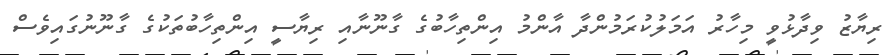
ރިޔާޒު ވިދާޅުވީ މިހާރު އަމަލުކުރަމުންދާ އާންްމު އިންތިހާބުގެ ގާނޫނާއި ރިޔާސީ އިންތިހާބުތަކުގެ ގާނޫނުގައިވެސް